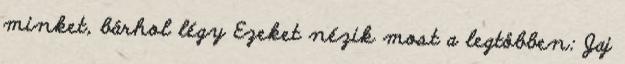
minket, bárhol légy Ezeket nézik most a legtöbben: Jaj